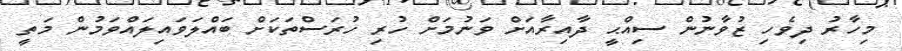
މިހާރު ދިވެހި ޒުވާނުން ސިއްޙީ ދާއިރާއަށް ވަނުމަށް ހުރި ހުރަސްތަކަށް ބައްލަވައިލައްވަމުން މަތީ